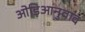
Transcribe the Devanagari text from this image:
ओड़िआनुवाद